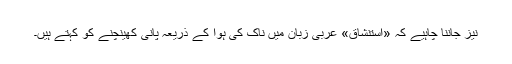
نیز جاننا چاہیے کہ «استنشاق» عربی زبان میں ناک کی ہوا کے ذریعہ پانی کھینچنے کو کہتے ہیں۔